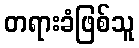
တရားခံဖြစ်သူ